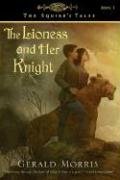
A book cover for The Lioness and Her Knight (The Squire's Tales); Gerald Morris; Children's Books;